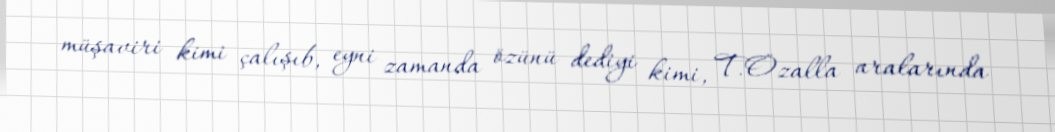
müşaviri kimi çalışıb, eyni zamanda özünü dediyi kimi, T.Özalla aralarında